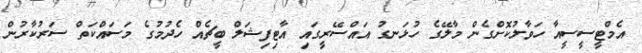
އެމްޓީސީސީއާ ހަވާލުކޮށްގެން މާލޭގެ ހުޅަނގު އައްސޭރީގައި އާޓިފިޝަލް ބީޗެއް ހެދުމުގެ މަސައްކަތް ސަރުކާރުން